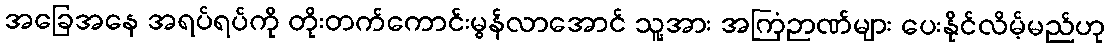
အခြေအနေ အရပ်ရပ်ကို တိုးတက်ကောင်းမွန်လာအောင် သူ့အား အကြံဉာဏ်များ ပေးနိုင်လိမ့်မည်ဟု